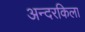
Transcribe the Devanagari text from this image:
अन्दरकिला